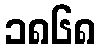
၁၈၆၈